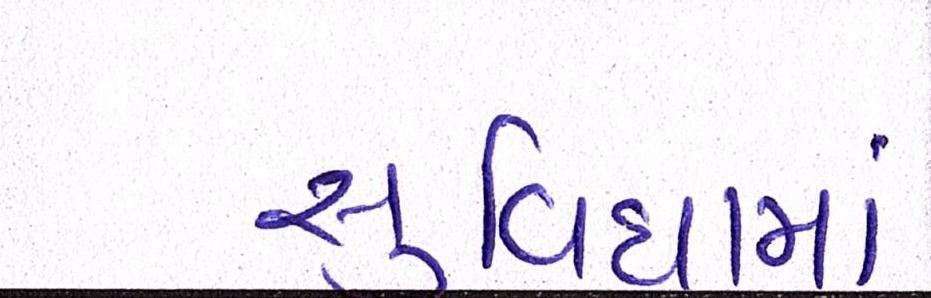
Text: સુવિધામાં